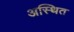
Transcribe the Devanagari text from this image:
अस्थित